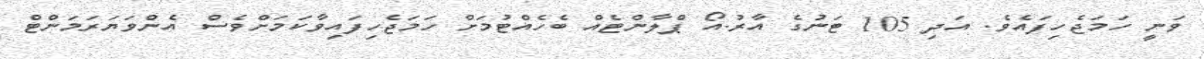
ވަނީ ހަމަޖެހިފައެވެ. އަދި 105 ޓަނުގެ އާރު.އޯ ޕްލާންޓެއް ބެހެއްޓުމަށް ހަމަޖެހިފައިވާކަމަށްވެސް އެންވަޔަރަމަންޓް